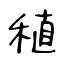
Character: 稙